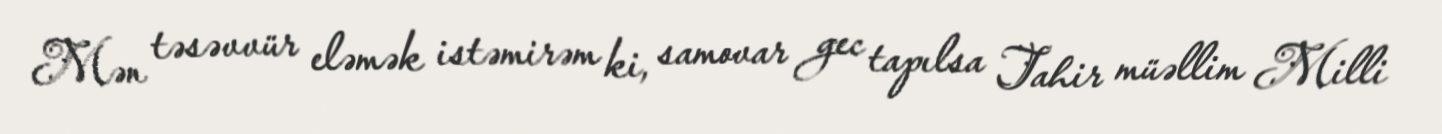
Mən təsəvvür eləmək istəmirəm ki, samovar gec tapılsa Tahir müəllim Milli